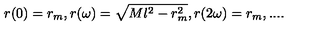
r ( 0 ) = r _ { m } , r ( \omega ) = \sqrt { M l ^ { 2 } - r _ { m } ^ { 2 } } , r ( 2 \omega ) = r _ { m } , . . . .